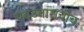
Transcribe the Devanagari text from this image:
चढउताराचीच